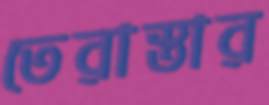
তেরাস্তার